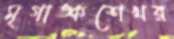
মৃগাঙ্কশেখর